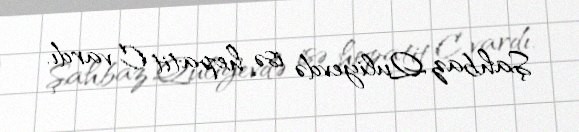
Şahbaz Quliyevdə isə hepatit C vardı.